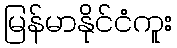
မြန်မာနိုင်ငံကူး